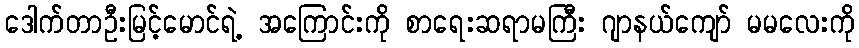
ဒေါက်တာဦးမြင့်မောင်ရဲ့ အကြောင်းကို စာရေးဆရာမကြီး ဂျာနယ်ကျော် မမလေးကို